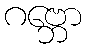
ဂဗ္ဘော